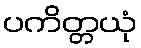
ပကိတ္တယုံ